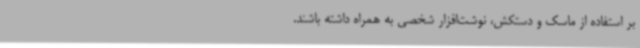
بر استفاده از ماسک و دستکش، نوشت‌افزار شخصی به همراه داشته باشند.